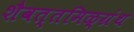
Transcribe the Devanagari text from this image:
शैवत्तमिऴ्‌ग्रंथ